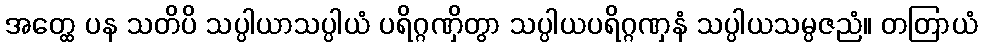
အတ္ထေ ပန သတိပိ သပ္ပါယာသပ္ပါယံ ပရိဂ္ဂဏှိတွာ သပ္ပါယပရိဂ္ဂဏှနံ သပ္ပါယသမ္ပဇညံ။ တတြာယံ